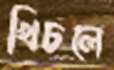
খিচলে